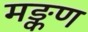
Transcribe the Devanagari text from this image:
मङ्कण